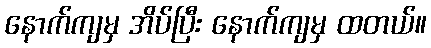
နောက်ကျမှ အိပ်ပြီး နောက်ကျမှ ထတယ်။